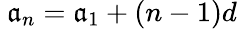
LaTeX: \ \mathfrak{a}_{n}=\mathfrak{a}_{1}+(n-1)d